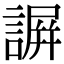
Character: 𧫮